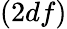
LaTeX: \left(2df\right)